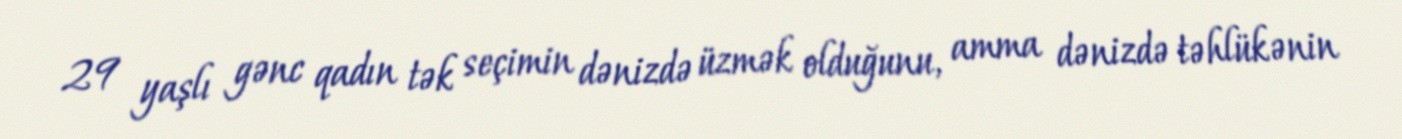
29 yaşlı gənc qadın tək seçimin dənizdə üzmək olduğunu, amma dənizdə təhlükənin